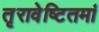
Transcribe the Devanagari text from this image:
तृरावेष्टितमां